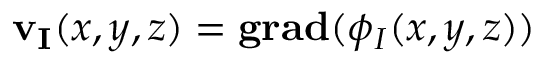
\mathbf { v _ { I } } ( x , y , z ) = \mathbf { g r a d } ( \phi _ { I } ( x , y , z ) )